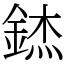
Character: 錰